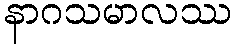
နာဂသမာလဿ